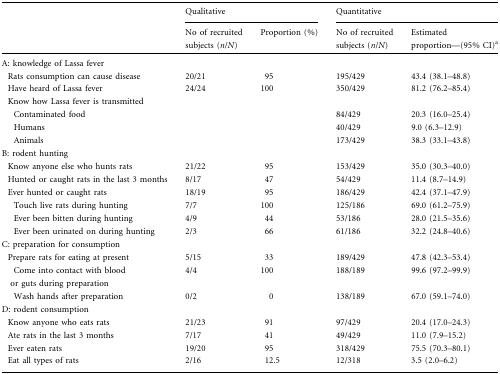
<table><thead><tr><td rowspan="2"></td><td colspan="2"><b>Qualitative</b></td><td colspan="2"><b>Quantitative</b></td></tr><tr><td><b>No of recruited subjects (<i>n</i>/<i>N</i>)</b></td><td><b>Proportion (%)</b></td><td><b>No of recruited subjects (<i>n</i>/<i>N</i>)</b></td><td><b>Estimated proportion—(95% CI)<sup>a</sup></b></td></tr></thead><tbody><tr><td colspan="5">A: knowledge of Lassa fever</td></tr><tr><td> Rats consumption can cause disease</td><td>20/21</td><td>95</td><td>195/429</td><td>43.4 (38.1–48.8)</td></tr><tr><td> Have heard of Lassa fever</td><td>24/24</td><td>100</td><td>350/429</td><td>81.2 (76.2–85.4)</td></tr><tr><td> Know how Lassa fever is transmitted</td><td></td><td></td><td></td><td></td></tr><tr><td>Contaminated food</td><td></td><td></td><td>84/429</td><td>20.3 (16.0–25.4)</td></tr><tr><td>Humans</td><td></td><td></td><td>40/429</td><td>9.0 (6.3–12.9)</td></tr><tr><td>Animals</td><td></td><td></td><td>173/429</td><td>38.3 (33.1–43.8)</td></tr><tr><td>B: rodent hunting</td><td></td><td></td><td></td><td></td></tr><tr><td> Know anyone else who hunts rats</td><td>21/22</td><td>95</td><td>153/429</td><td>35.0 (30.3–40.0)</td></tr><tr><td> Hunted or caught rats in the last 3 months</td><td>8/17</td><td>47</td><td>54/429</td><td>11.4 (8.7–14.9)</td></tr><tr><td> Ever hunted or caught rats</td><td>18/19</td><td>95</td><td>186/429</td><td>42.4 (37.1–47.9)</td></tr><tr><td>Touch live rats during hunting</td><td>7/7</td><td>100</td><td>125/186</td><td>69.0 (61.2–75.9)</td></tr><tr><td>Ever been bitten during hunting</td><td>4/9</td><td>44</td><td>53/186</td><td>28.0 (21.5–35.6)</td></tr><tr><td>Ever been urinated on during hunting</td><td>2/3</td><td>66</td><td>61/186</td><td>32.2 (24.8–40.6)</td></tr><tr><td colspan="5">C: preparation for consumption</td></tr><tr><td> Prepare rats for eating at present</td><td>5/15</td><td>33</td><td>189/429</td><td>47.8 (42.3–53.4)</td></tr><tr><td>Come into contact with blood or guts during preparation</td><td>4/4</td><td>100</td><td>188/189</td><td>99.6 (97.2–99.9)</td></tr><tr><td>Wash hands after preparation</td><td>0/2</td><td>0</td><td>138/189</td><td>67.0 (59.1–74.0)</td></tr><tr><td colspan="5">D: rodent consumption</td></tr><tr><td> Know anyone who eats rats</td><td>21/23</td><td>91</td><td>97/429</td><td>20.4 (17.0–24.3)</td></tr><tr><td> Ate rats in the last 3 months</td><td>7/17</td><td>41</td><td>49/429</td><td>11.0 (7.9–15.2)</td></tr><tr><td> Ever eaten rats</td><td>19/20</td><td>95</td><td>318/429</td><td>75.5 (70.3–80.1)</td></tr><tr><td> Eat all types of rats</td><td>2/16</td><td>12.5</td><td>12/318</td><td>3.5 (2.0–6.2)</td></tr></tbody></table>